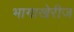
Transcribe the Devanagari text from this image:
भागाखेरीज